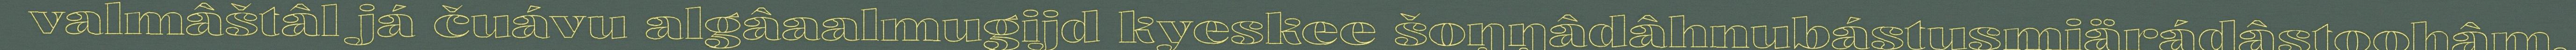
valmâštâl já čuávu algâaalmugijd kyeskee šoŋŋâdâhnubástusmiärádâstoohâm.